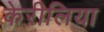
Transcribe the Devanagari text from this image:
केरीलिया